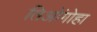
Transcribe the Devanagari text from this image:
तिओंगोहा